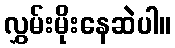
လွှမ်းမိုးနေဆဲပါ။